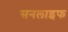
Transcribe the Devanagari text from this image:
सनलाइफ